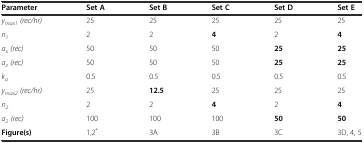
<table><thead><tr><td><b>Parameter</b></td><td><b>Set A</b></td><td><b>Set B</b></td><td><b>Set C</b></td><td><b>Set D</b></td><td><b>Set E</b></td></tr></thead><tbody><tr><td><i>y</i><sub><i>max1</i></sub><i>(rec/hr)</i></td><td>25</td><td>25</td><td>25</td><td>25</td><td>25</td></tr><tr><td><i>n</i><sub><i>1</i></sub></td><td>2</td><td>2</td><td><b>4</b></td><td>2</td><td><b>4</b></td></tr><tr><td><i>a</i><sub><i>x</i></sub><i>(rec)</i></td><td>50</td><td>50</td><td>50</td><td><b>25</b></td><td><b>25</b></td></tr><tr><td><i>a</i><sub><i>z</i></sub><i>(rec)</i></td><td>50</td><td>50</td><td>50</td><td><b>25</b></td><td><b>25</b></td></tr><tr><td><i>k</i><sub><i>a</i></sub></td><td>0.5</td><td>0.5</td><td>0.5</td><td>0.5</td><td>0.5</td></tr><tr><td><i>y</i><sub><i>max2</i></sub><i>(rec/hr)</i></td><td>25</td><td><b>12.5</b></td><td>25</td><td>25</td><td>25</td></tr><tr><td><i>n</i><sub><i>2</i></sub></td><td>2</td><td>2</td><td><b>4</b></td><td>2</td><td><b>4</b></td></tr><tr><td><i>a</i><sub><i>2</i></sub><i>(rec)</i></td><td>100</td><td>100</td><td>100</td><td><b>50</b></td><td><b>50</b></td></tr><tr><td><b>Figure(s)</b></td><td>1,2<sup>*</sup></td><td>3A</td><td>3B</td><td>3C</td><td>3D, 4, 5</td></tr></tbody></table>